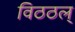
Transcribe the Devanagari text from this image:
विठठल्